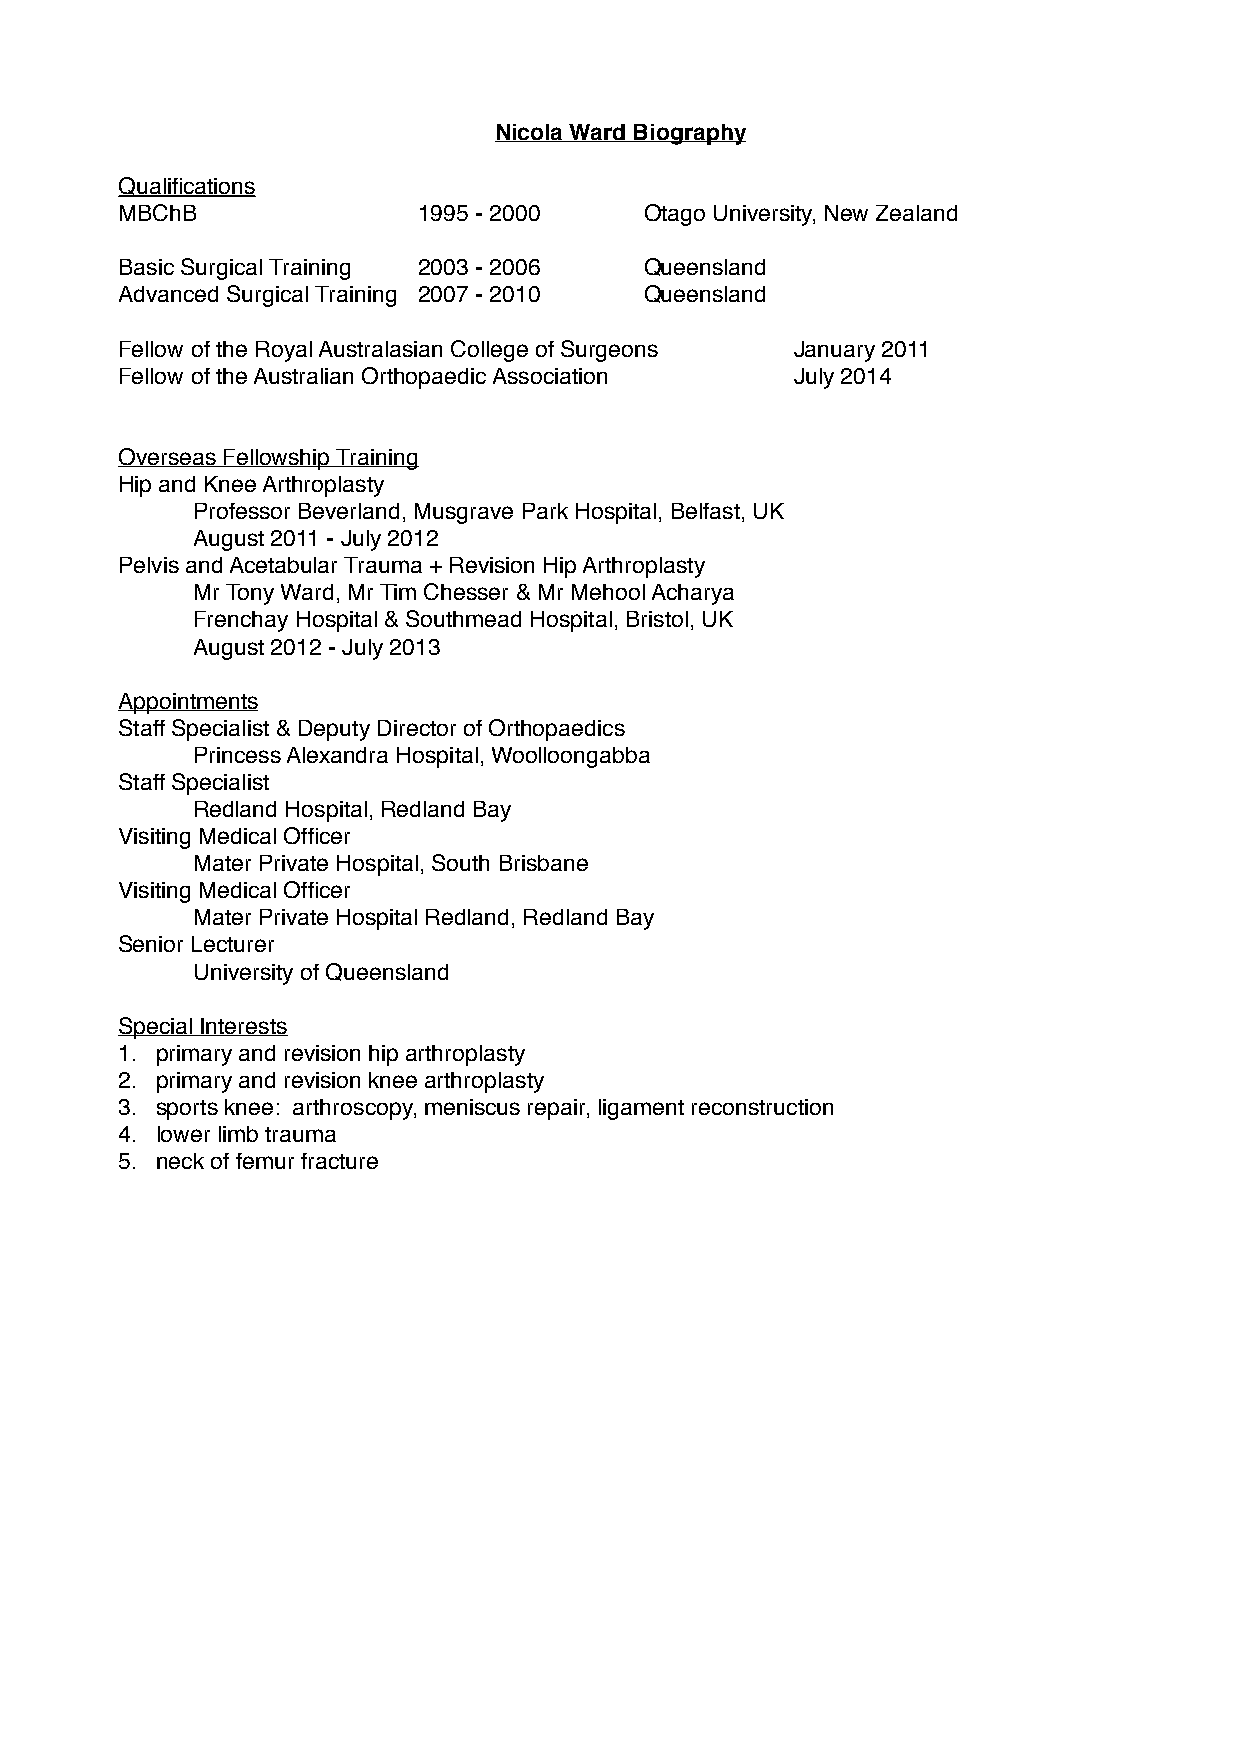
!                        Nicola Ward Biography!
 Qualifications!
 M!BChB !  !    !    1995 - 2000! ! Otago University, New Zealand!
 Basic Surgical Training! 2003 - 2006! ! Queensland!
 A!dvanced Surgical Training! 2007 - 2010! ! Queensland!
 Fellow of the Royal Australasian College of Surgeons! ! January 2011!
 F!ellow of the Australian Orthopaedic Association! ! ! July 2014!
 !
 Overseas Fellowship Training!
 Hip and Knee Arthroplasty!
 !    Professor Beverland, Musgrave Park Hospital, Belfast, UK!
 !    August 2011 - July 2012!
 Pelvis and Acetabular Trauma + Revision Hip Arthroplasty!
 !    Mr Tony Ward, Mr Tim Chesser & Mr Mehool Acharya!
 !    Frenchay Hospital & Southmead Hospital, Bristol, UK!
 !!   August 2012 - July 2013!
 Appointments!
 Staff Specialist & Deputy Director of Orthopaedics!
 !    Princess Alexandra Hospital, Woolloongabba!
 Staff Specialist!
 !    Redland Hospital, Redland Bay!
 Visiting Medical Officer!
 !    Mater Private Hospital, South Brisbane!
 Visiting Medical Officer!
 !    Mater Private Hospital Redland, Redland Bay!
 Senior Lecturer!
 !!   University of Queensland!
 Special Interests!
 1. primary and revision hip arthroplasty!
 2. primary and revision knee arthroplasty!
 3. sports knee: arthroscopy, meniscus repair, ligament reconstruction!
 4. lower limb trauma!
 5. neck of femur fracture!